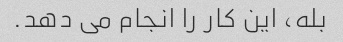
بله، این کار را انجام می دهد.